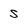
Character: s